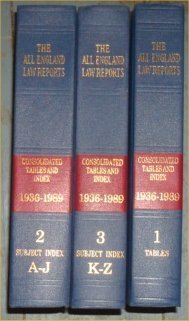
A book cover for ALL ENGLAND LAW REPORTS CONSOLIDATED INDEX 1936-1989; BUTTERWORTHS EDITORS; Law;